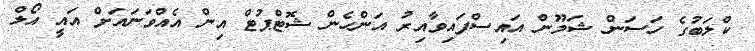
ކްލަބުގެ ހަސަން ޝަމޫން އައިސްފައިވާއިރު އަންހެން ޝޮޓްޕުޓް އިން އެއްވަނައަށް އައީ އޯލް